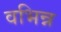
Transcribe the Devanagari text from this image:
वभिन्न